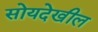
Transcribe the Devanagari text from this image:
सोयदेखील